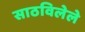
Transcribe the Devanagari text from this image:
साठविलेले